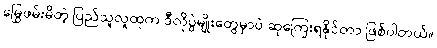
မြွေဖမ်းမိတဲ့ ပြည်သူလူထုက ဒီလိုပွဲမျိုးတွေမှာပဲ ဆုကြေးရနိုင်တာ ဖြစ်ပါတယ်။